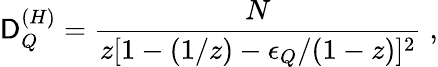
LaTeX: \mathsf{D}_{Q}^{(H)}=\frac{{N}}{{z[1-(1/z)-\epsilon_{Q}/(1-z)]^{2}}}\; ,